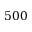
5 0 0